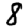
Digit: 8